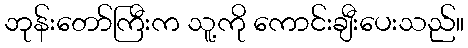
ဘုန်းတော်ကြီးက သူ့ကို ကောင်းချီးပေးသည်။